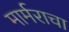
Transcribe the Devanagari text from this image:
मार्मराचा